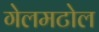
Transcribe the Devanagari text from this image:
गेलमटोल